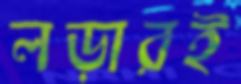
লড়ারই